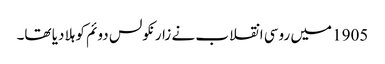
1905 میں روسی انقلاب نے زار نکولس دوئم کو ہلا دیا تھا۔